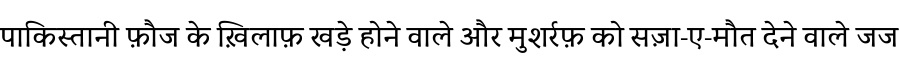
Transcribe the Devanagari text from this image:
पाकिस्तानी फ़ौज के ख़िलाफ़ खड़े होने वाले और मुशर्रफ़ को सज़ा-ए-मौत देने वाले जज